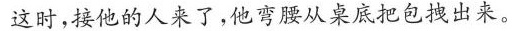
这时，接他的人来了，他弯腰从桌底把包拽出来。